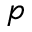
p